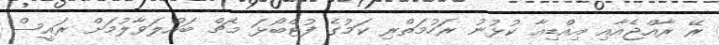
ރޭ ރާއްޖެއާއި އިއްޑިއާ ކުޅުނު ރަހުމަތްރި ކަމުގެ ފުޓްބޯޅަ މެޗް ބައްލަވާލުމަށް ރައީސް